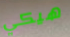
هيكي